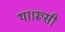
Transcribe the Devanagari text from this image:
था।रूसी